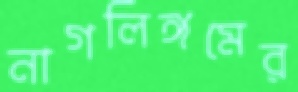
নাগলিঙ্গমের